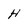
Character: H